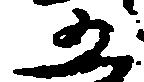
五